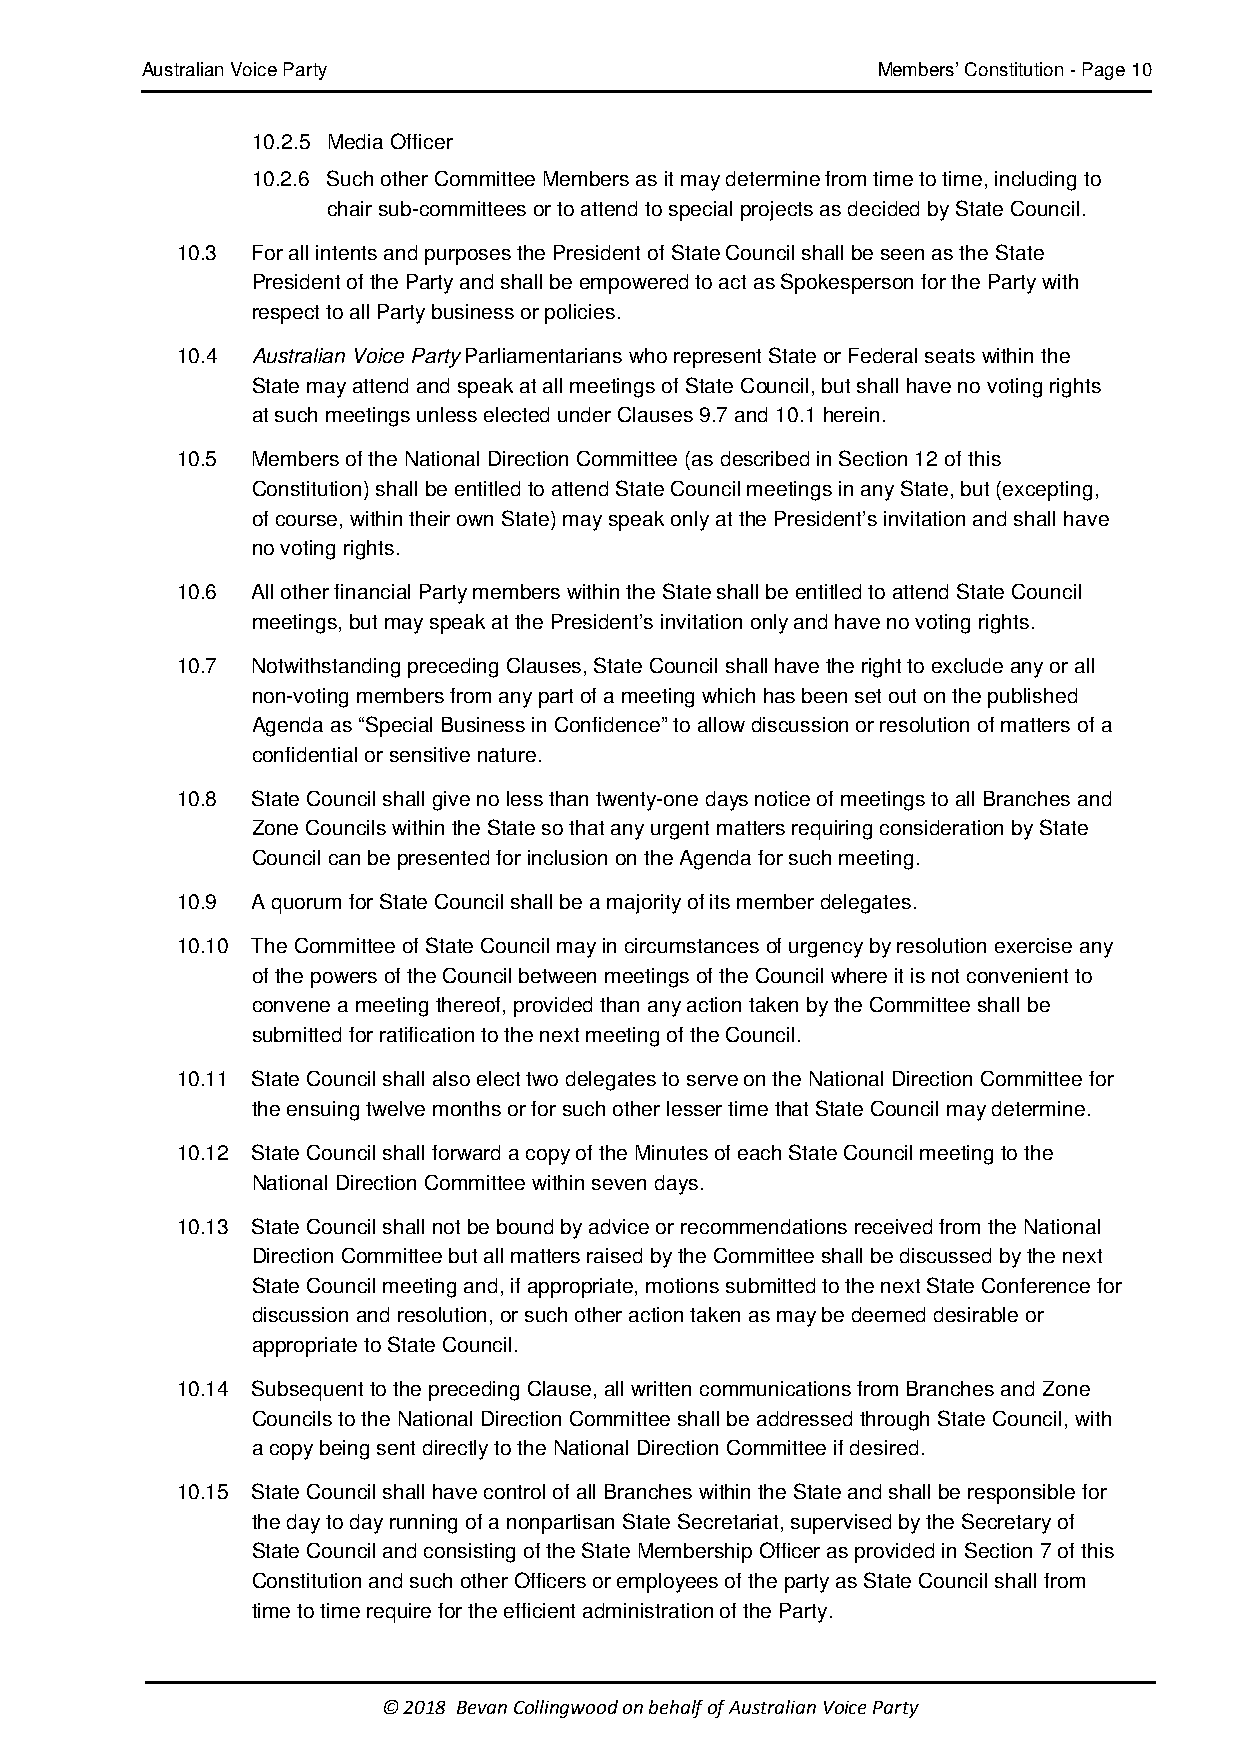
Australian Voice Party                           Members’ Constitution - Page 10
 10.2.5 Media Officer
 10.2.6 Such other Committee Members as it may determine from time to time, including to
 chair sub-committees or to attend to special projects as decided by State Council.
 10.3 For all intents and purposes the President of State Council shall be seen as the State
 President of the Party and shall be empowered to act as Spokesperson for the Party with
 respect to all Party business or policies.
 10.4 Australian Voice Party Parliamentarians who represent State or Federal seats within the
 State may attend and speak at all meetings of State Council, but shall have no voting rights
 at such meetings unless elected under Clauses 9.7 and 10.1 herein.
 10.5 Members of the National Direction Committee (as described in Section 12 of this
 Constitution) shall be entitled to attend State Council meetings in any State, but (excepting,
 of course, within their own State) may speak only at the President’s invitation and shall have
 no voting rights.
 10.6 All other financial Party members within the State shall be entitled to attend State Council
 meetings, but may speak at the President’s invitation only and have no voting rights.
 10.7 Notwithstanding preceding Clauses, State Council shall have the right to exclude any or all
 non-voting members from any part of a meeting which has been set out on the published
 Agenda as “Special Business in Confidence” to allow discussion or resolution of matters of a
 confidential or sensitive nature.
 10.8 State Council shall give no less than twenty-one days notice of meetings to all Branches and
 Zone Councils within the State so that any urgent matters requiring consideration by State
 Council can be presented for inclusion on the Agenda for such meeting.
 10.9 A quorum for State Council shall be a majority of its member delegates.
 10.10 The Committee of State Council may in circumstances of urgency by resolution exercise any
 of the powers of the Council between meetings of the Council where it is not convenient to
 convene a meeting thereof, provided than any action taken by the Committee shall be
 submitted for ratification to the next meeting of the Council.
 10.11 State Council shall also elect two delegates to serve on the National Direction Committee for
 the ensuing twelve months or for such other lesser time that State Council may determine.
 10.12 State Council shall forward a copy of the Minutes of each State Council meeting to the
 National Direction Committee within seven days.
 10.13 State Council shall not be bound by advice or recommendations received from the National
 Direction Committee but all matters raised by the Committee shall be discussed by the next
 State Council meeting and, if appropriate, motions submitted to the next State Conference for
 discussion and resolution, or such other action taken as may be deemed desirable or
 appropriate to State Council.
 10.14 Subsequent to the preceding Clause, all written communications from Branches and Zone
 Councils to the National Direction Committee shall be addressed through State Council, with
 a copy being sent directly to the National Direction Committee if desired.
 10.15 State Council shall have control of all Branches within the State and shall be responsible for
 the day to day running of a nonpartisan State Secretariat, supervised by the Secretary of
 State Council and consisting of the State Membership Officer as provided in Section 7 of this
 Constitution and such other Officers or employees of the party as State Council shall from
 time to time require for the efficient administration of the Party.
 © 2018 Bevan Collingwood on behalf of Australian Voice Party